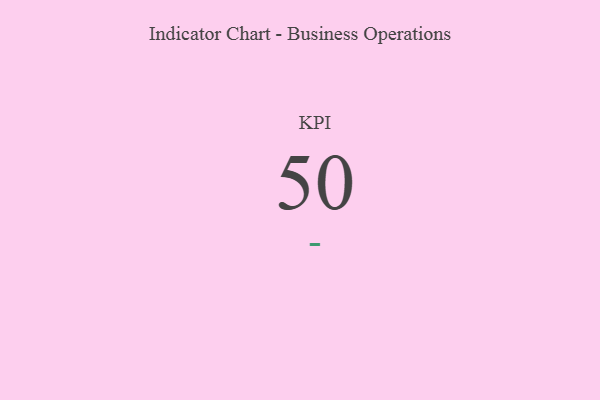
{"axis": {"x": "KPI", "y": "Value"}, "legend": [""], "data": [{"x": "KPI", "y": 50, "type": ""}]}